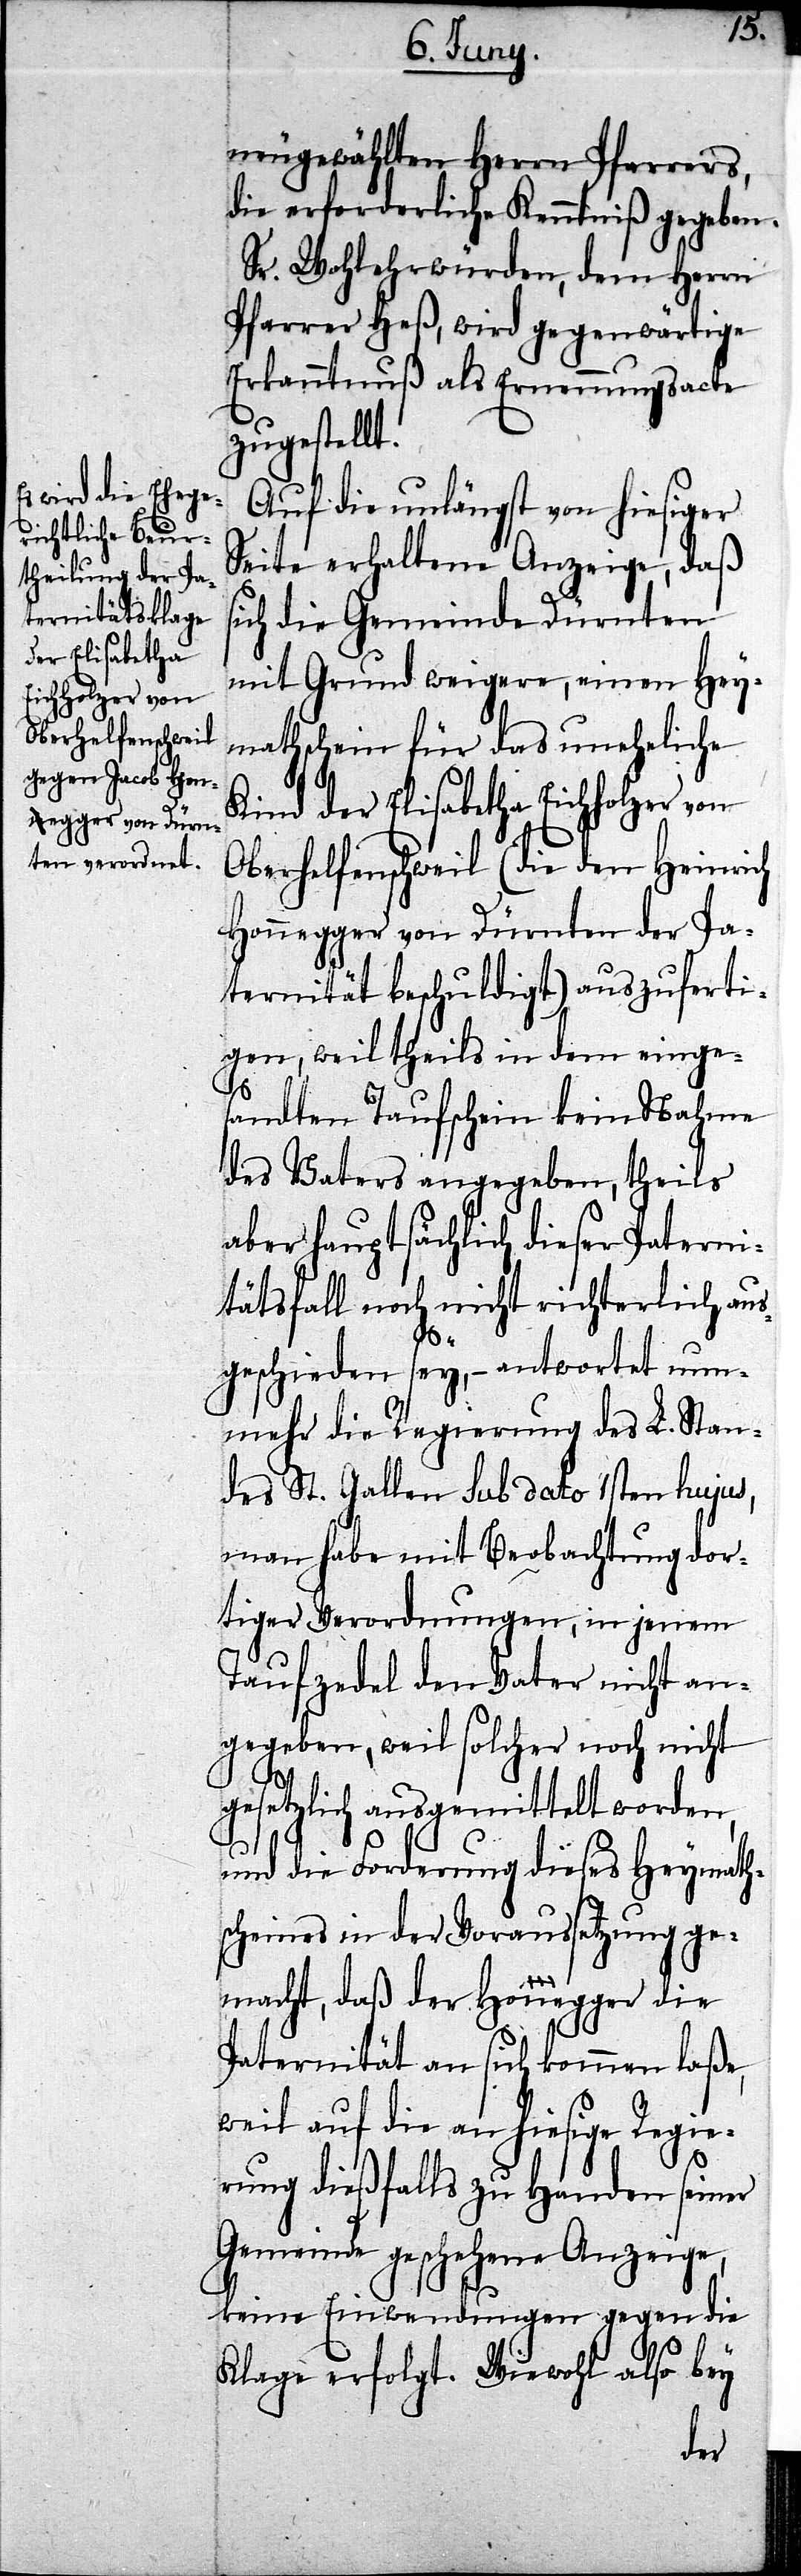
neugewählten Herrn Pfarrers,
die erforderliche Kenntniß gegeben.
Sr. Wohlehrwürden, dem Herrn
Pfarrer Heß, wird gegenwärtige
Erkanntnuß als Ernennungsacte
zugestellt.
Auf die unlängst von hiesiger
Seite erhaltene Anzeige, daß
ich die Gemeinde Dürnten
mit Grund weigere, einen Hey¬
mathschein für das uneheliche
Kind der Elisabetha Eichholzer von
Oberhelfenschweil (die den Heinrich
Honnegger von Dürnten der Pa¬
ternität beschuldigt) auszuferti¬
gen, weil theils in dem einge¬
die
sandten Taufschein kein Nahme
des Vaters angegeben, theils
aber hauptsächlich dieser Paterni¬
tätsfall noch nicht richterlich aus¬
s¬
geschieden sey, – antwortet nun¬
mehr die Regierung des L. Stan¬
des St. Gallen Sub dato 1sten hujus,
man habe mit Beobachtung dor¬
tiger Verordnungen, in jenem
Taufzedel den Vater nicht an¬
gegeben, weil solcher noch nicht
gesetzlich ausgemittelt worden,
und die Forderung dieses Heymath¬
scheines in der Voraussetzung ge¬
macht, daß der Honegger
Paternität an sich kommen laße,
weil auf die an hiesige Regie¬
rung dießfalls zu Handen seiner
Gemeinde geschehene Anzeige,
keine Einwendungen gegen die
Klage erfolgt. Wiewohl also bey